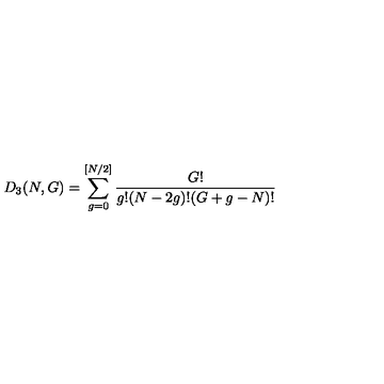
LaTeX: D _ { 3 } ( N , G ) = \sum _ { g = 0 } ^ { [ N / 2 ] } \frac { G ! } { g ! ( N - 2 g ) ! ( G + g - N ) ! }